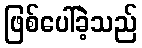
ဖြစ်ပေါ်ခဲ့သည်